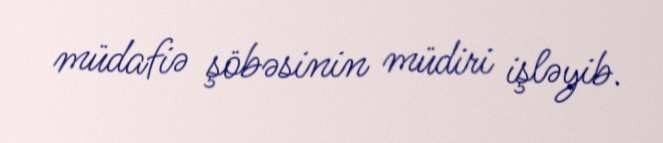
müdafiə şöbəsinin müdiri işləyib.